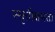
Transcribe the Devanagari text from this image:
स्मृतीक्षमता